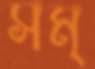
সম্